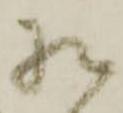
様